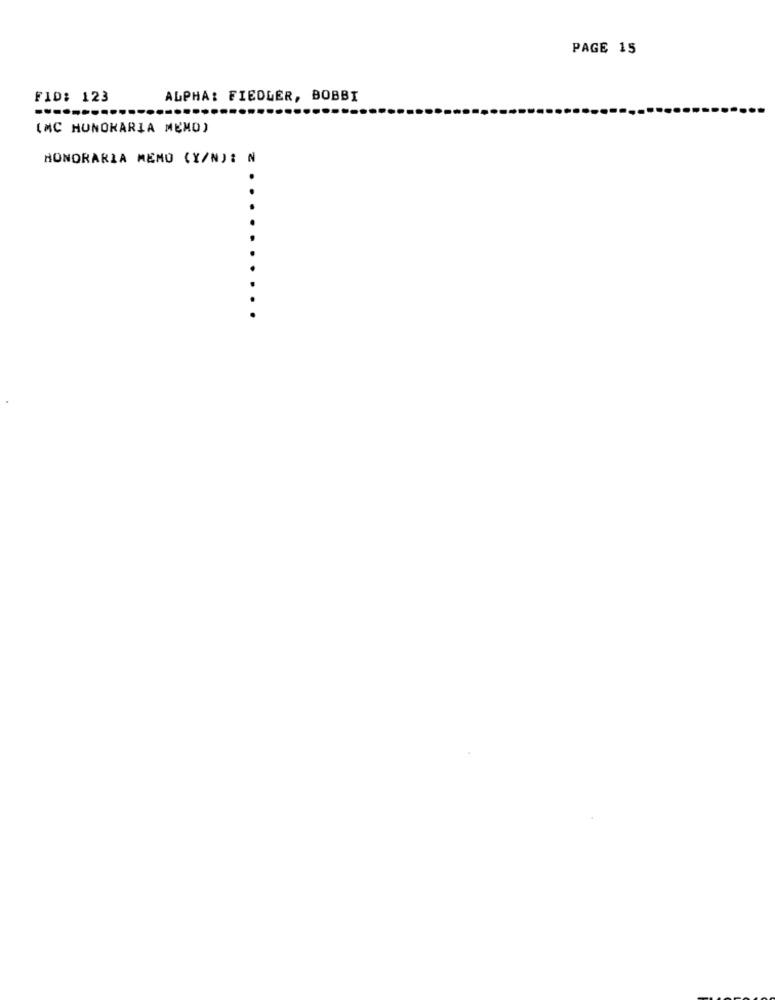
PAGE 15
FID: 123
ALPHA: FIEDLER, BOBBI
(MC HONORARIA MEMO)
HONORARIA MEMO (Y/N): N